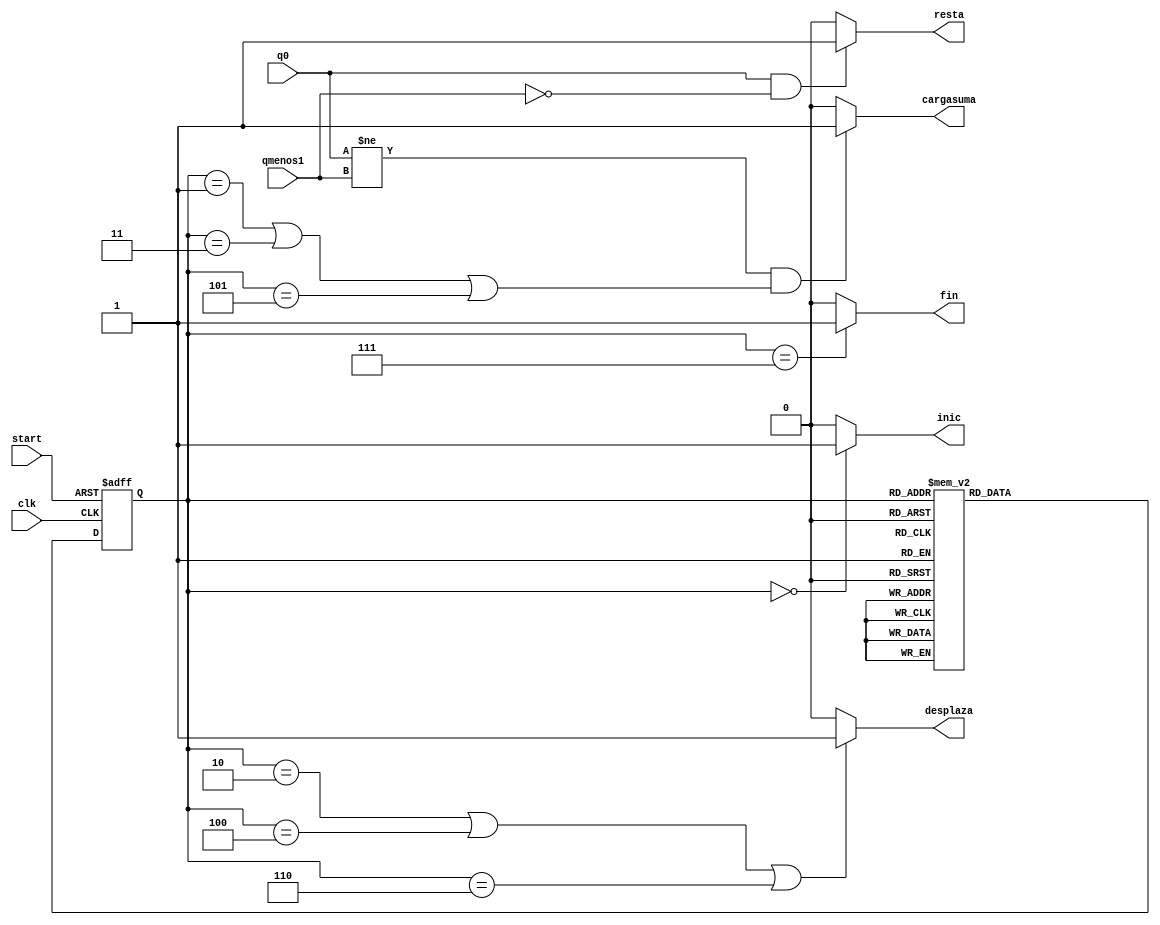
module unidadcontrol (input wire qmenos1,q0, clk, start,
                      output wire inic, desplaza, resta, cargasuma, fin);

reg [2:0] estadoactual,siguienteestado;

parameter s0 = 3'b000;
parameter s1 = 3'b001;
parameter s2 = 3'b010;
parameter s3 = 3'b011;
parameter s4 = 3'b100;
parameter s5 = 3'b101;
parameter s6 = 3'b110;
parameter s7 = 3'b111;


always @ (posedge clk, posedge start)
 if(start)
   estadoactual = s0;
 else
   estadoactual <= siguienteestado;



always @ (*)
  case(estadoactual)
    s0: siguienteestado =s1;
    s1: siguienteestado =s2;
    s2: siguienteestado =s3;
    s3: siguienteestado =s4;
    s4: siguienteestado =s5;
    s5: siguienteestado =s6;
    s6: siguienteestado =s7;
    s7: siguienteestado =s7;
  endcase

assign inic = (estadoactual == s0)? 1:0;
assign desplaza = ((estadoactual ==s2)|(estadoactual ==s4)|(estadoactual ==s6))? 1:0;
assign fin = (estadoactual == s7)? 1:0;
assign resta = ((q0 == 1) &&(qmenos1 == 0))? 1:0;
assign cargasuma = ((q0 != qmenos1) && ((estadoactual==s1)|(estadoactual==s3)|(estadoactual==s5)))? 1:0;
    

endmodule